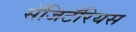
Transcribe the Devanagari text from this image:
सॅजिटॅरियस